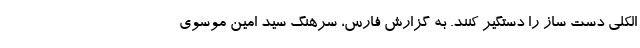
الکلی دست ساز را دستگیر کنند. به گزارش فارس، سرهنگ سید امین موسوی